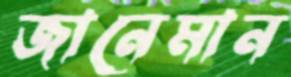
জানেমান